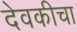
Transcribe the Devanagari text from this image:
देवकीचा